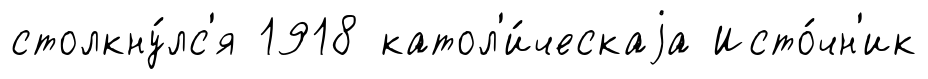
столкну́лс'я 1918 катол'и́ческаjа Исто́чн'ик